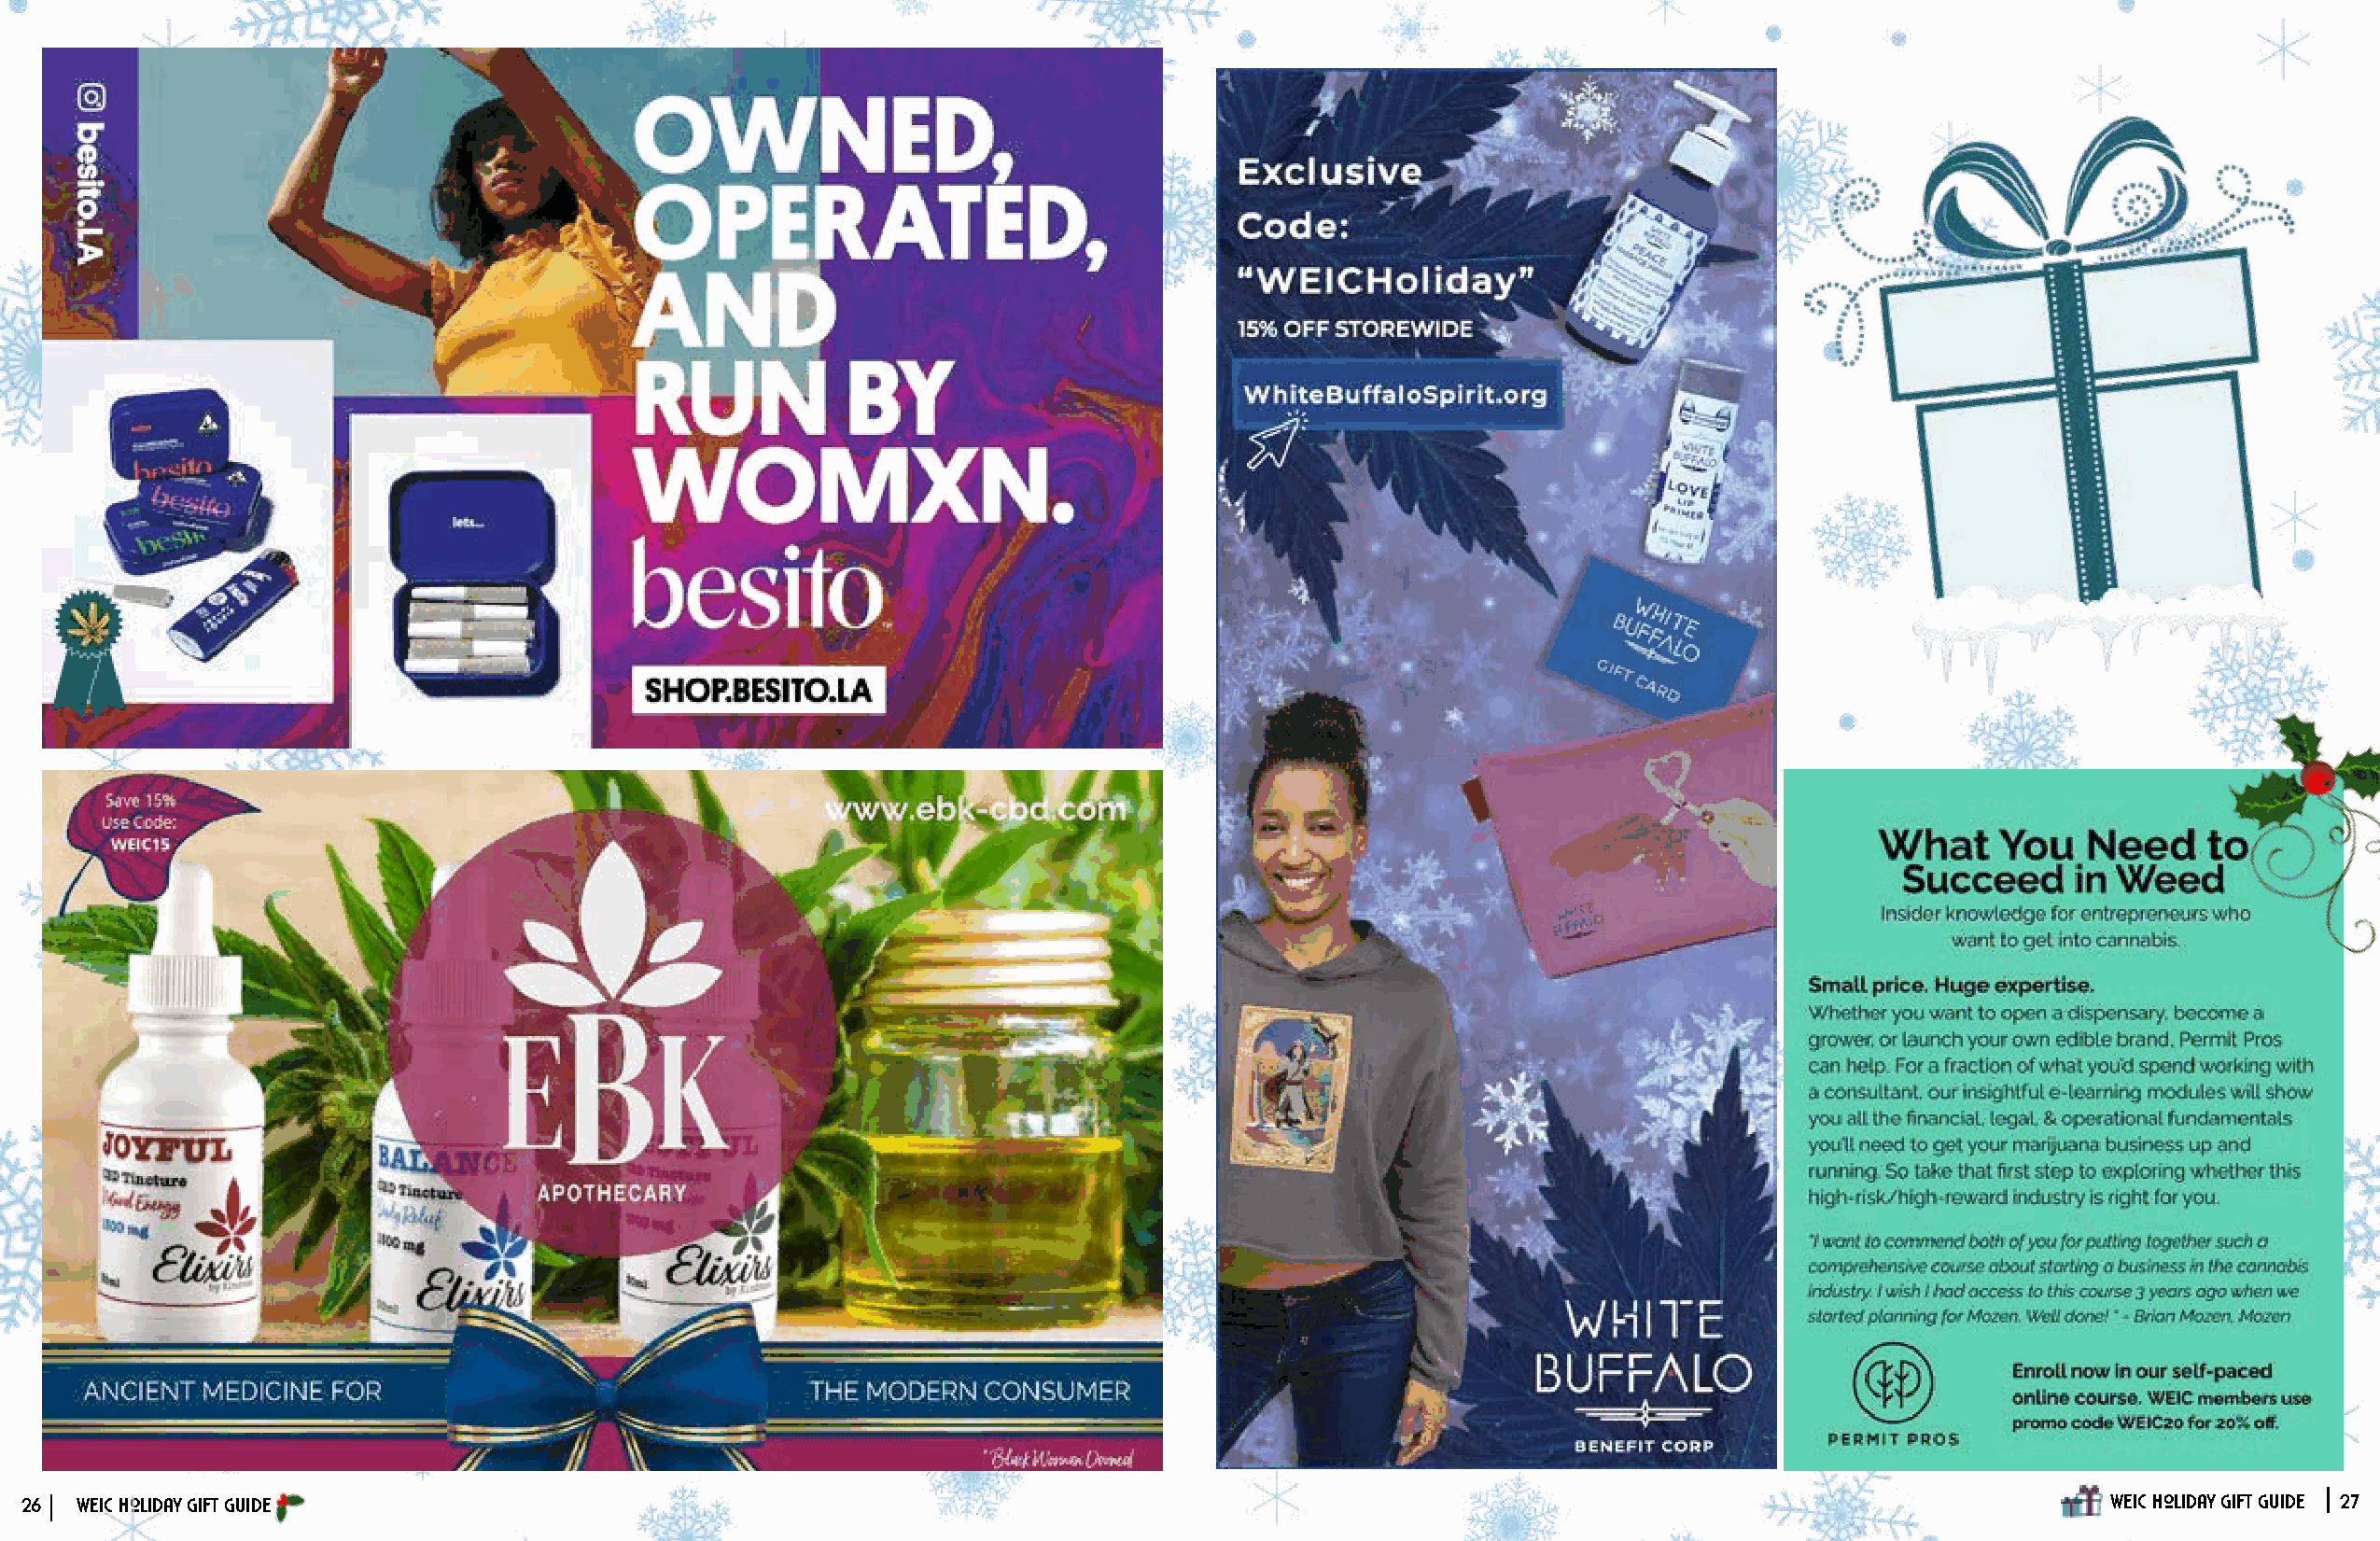
26 WEIC Holiday Gift Guide                                                                                                                          WEIC Holiday Gift Guide 27